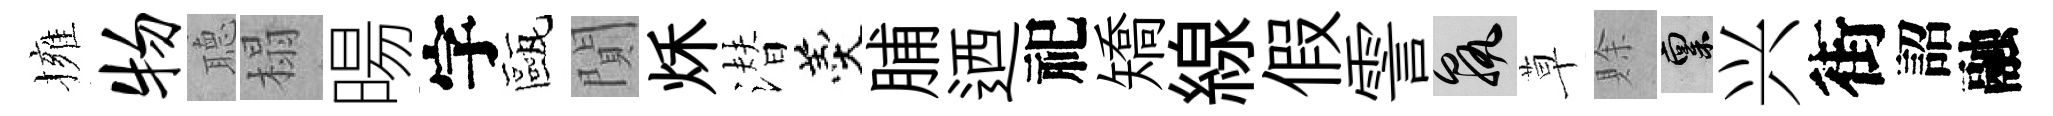
擁物𦗟榻暘字甌閴秌潜羹脯迺祀矯線假霅孰草賖禀兴街詔融